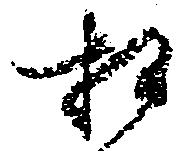
相